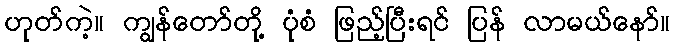
ဟုတ်ကဲ့။ ကျွန်တော်တို့ ပုံစံ ဖြည့်ပြီးရင် ပြန် လာမယ်နော်။